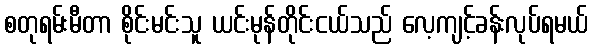
စတုရမ်းမီတာ စိုင်းမင်းသူ ယင်းမုန်တိုင်းငယ်သည် လေ့ကျင့်ခန်းလုပ်ရမယ်